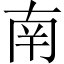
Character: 南